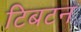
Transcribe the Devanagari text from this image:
टिबटन